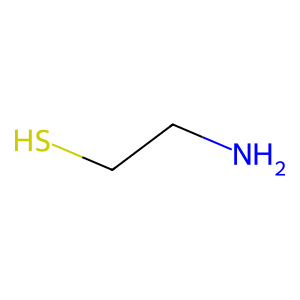
SMILES: NCCS
Inhibits HIV replication: No